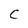
Character: C